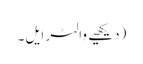
(دیکھیے والٹر ایل۔